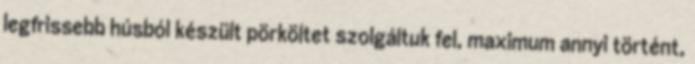
legfrissebb húsból készült pörköltet szolgáltuk fel, maximum annyi történt,